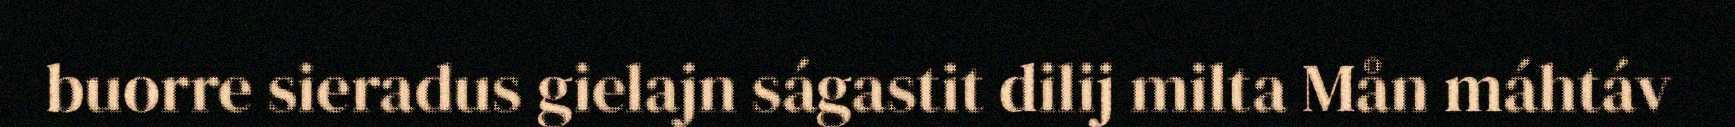
buorre sieradus gielajn ságastit dilij milta Mån máhtáv